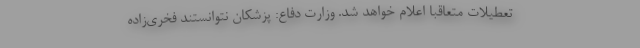
تعطیلات متعاقبا اعلام خواهد شد. وزارت دفاع: پزشکان نتوانستند فخری‌زاده